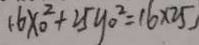
1 . 6 x _ { 0 } ^ { 2 } + 2 5 y _ { 0 } ^ { 2 } = 1 6 \times 2 5